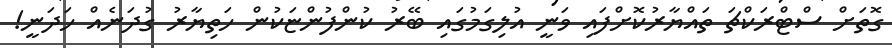
ގޮތަށް ސްޓްރަކްޗަ ތައްޔާރުކޮށްފައި ވަނީ އުލިގަމުގައި ބޭރު ކުންފުންޏަކުން ހަތިޔާރު ގުދަނެއް ހަދަނީ!